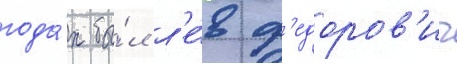
года́х бы́л л'е́в ф'едоров'ич